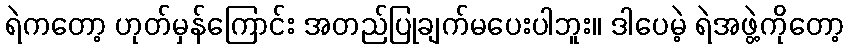
ရဲကတော့ ဟုတ်မှန်ကြောင်း အတည်ပြုချက်မပေးပါဘူး။ ဒါပေမဲ့ ရဲအဖွဲ့ကိုတော့